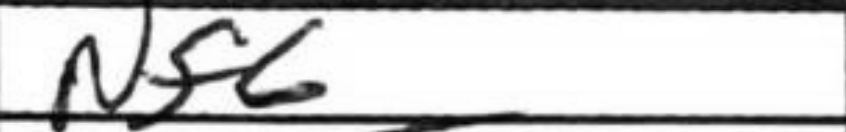
Transcription: Nf6